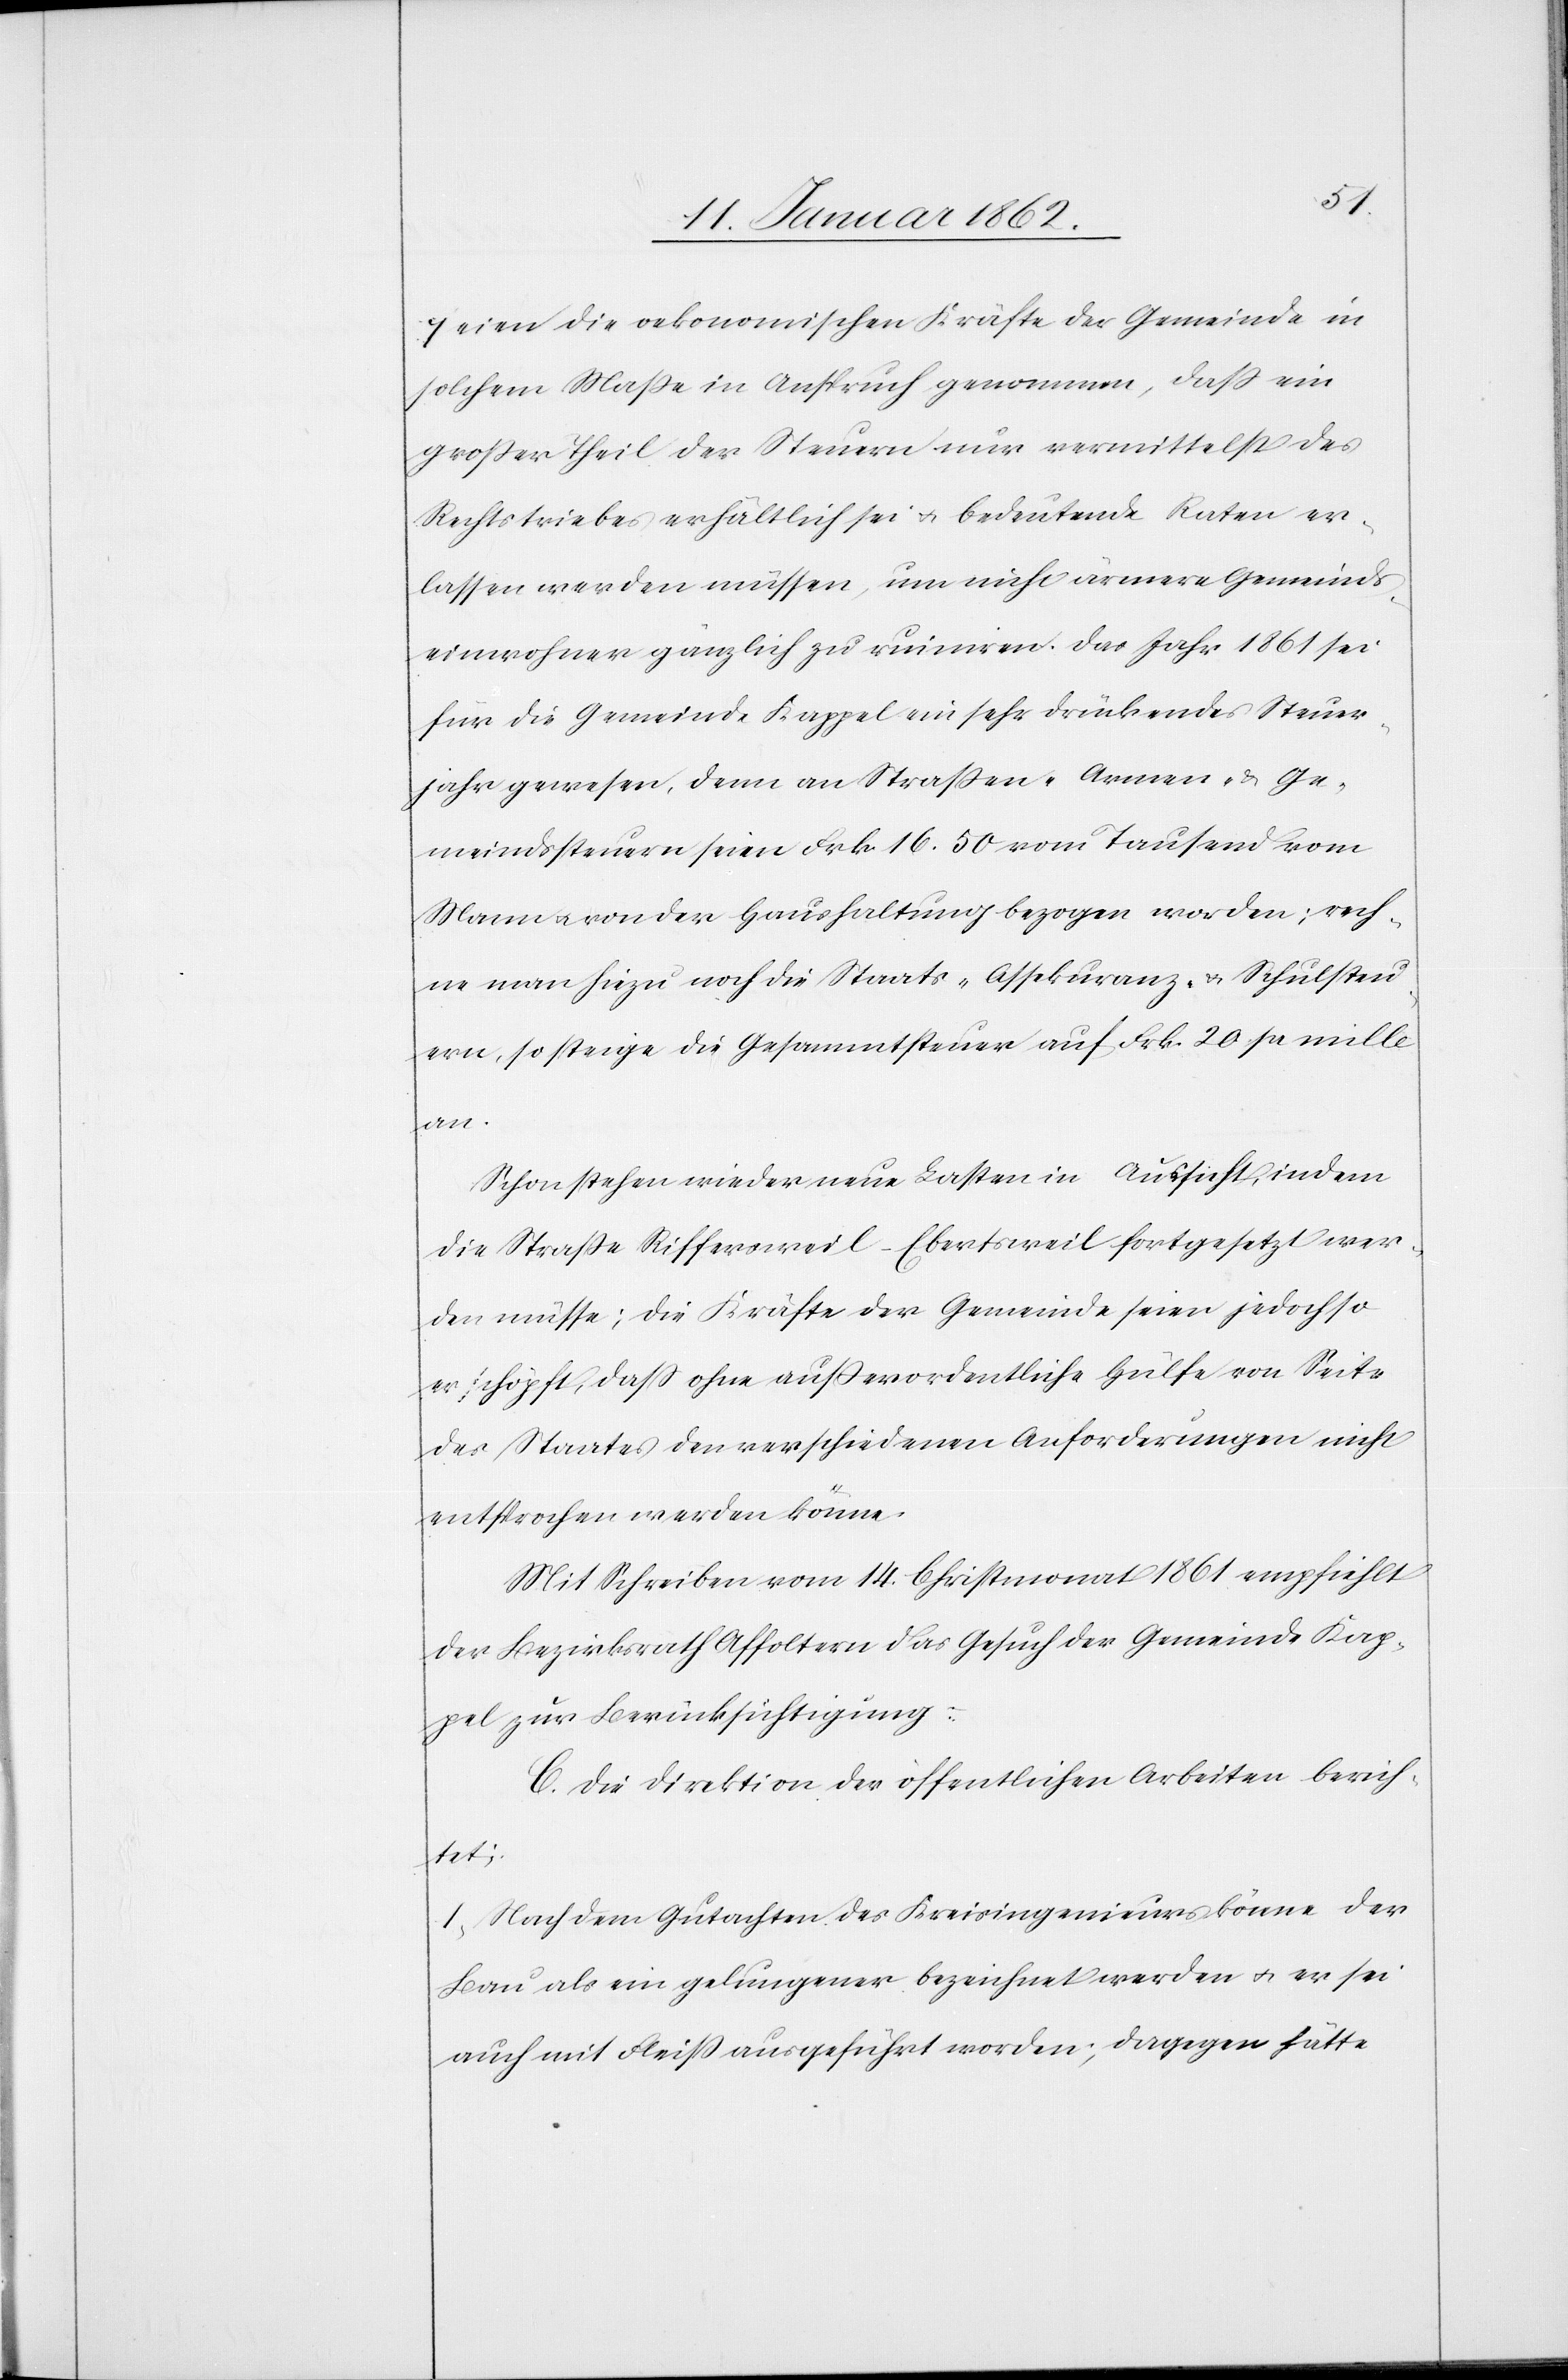
seien die oekonomischen Kräfte der Gemeinde in
solchem Maße in Anspruch genommen, daß ein
großer Theil der Steuern nur vermittelst des
Rechtstriebes erhältlich sei u. bedeutende Raten er¬
lassen werden müssen, um nicht ärmere Gemeinds¬
einwohner gänzlich zu ruiniren. Das Jahr 1861 sei
für die Gemeinde Kappel ein sehr drückendes Steuer¬
jahr gewesen, denn an Straßen- Armen- u. Ge¬
meindssteuern seien Frk. 16.50 vom Tausend vom
Mann u. von der Haushaltung bezogen worden; rech¬
ne man hiezu noch die Staats- Assekuranz- u. Schulsteu¬
ern, so steige die Gesammtsteuer auf Frk. 20 pr mille
an.
Schon stehen wieder neue Lasten in Aussicht, indem
die Straße Riffersweil–Ebertsweil fortgesetzt wer¬
den müsse; die Kräfte der Gemeinde seien jedoch so
erschöpft, daß ohne außerordentliche Hülfe von Seite
des Staates den verschiedenen Anforderungen nicht
entsprochen werden könne.
Mit Schreiben vom 14. Christmonat 1861 empfiehlt
der Bezirksrath Affoltern das Gesuch der Gemeinde Kap¬
pel zur Berücksichtigung.
C. Die Direktion der öffentlichen Arbeiten berich¬
tet:
1. Nach dem Gutachten des Kreisingenieurs könne der
Bau als ein gelungener bezeichnet werden u. er sei
auch mit Fleiß ausgeführt worden; dagegen hätte